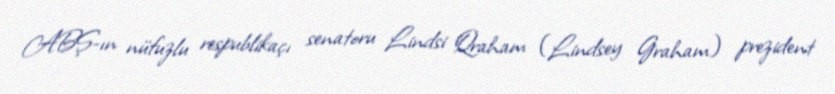
ABŞ-ın nüfuzlu respublikaçı senatoru Lindsi Qraham (Lindsey Graham) prezident